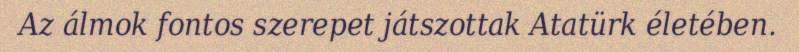
Az álmok fontos szerepet játszottak Atatürk életében.